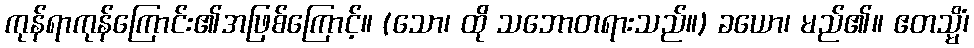
ကုန်ရာကုန်ကြောင်း၏အဖြစ်ကြောင့်။ (သော၊ ထို သဘောတရားသည်။) ခယော၊ မည်၏။ ဧတသ္မိံ၊